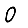
Digit: 0